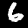
Label: 6